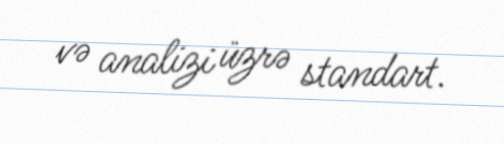
və analizi üzrə standart.